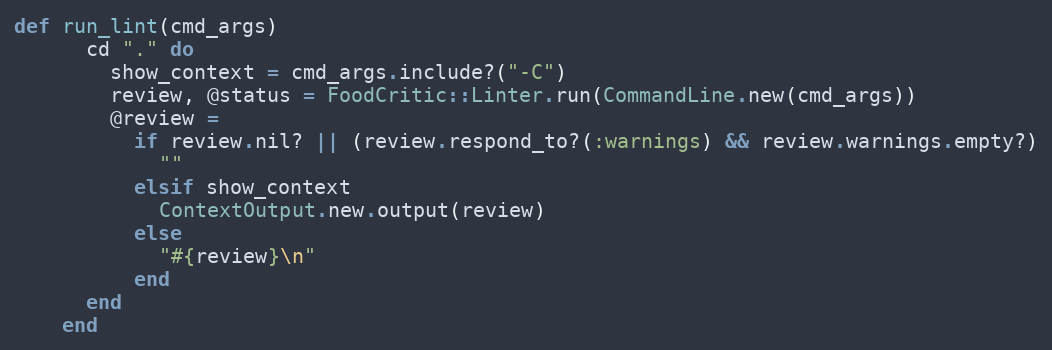
Language: Ruby
def run_lint(cmd_args)
      cd "." do
        show_context = cmd_args.include?("-C")
        review, @status = FoodCritic::Linter.run(CommandLine.new(cmd_args))
        @review =
          if review.nil? || (review.respond_to?(:warnings) && review.warnings.empty?)
            ""
          elsif show_context
            ContextOutput.new.output(review)
          else
            "#{review}\n"
          end
      end
    end